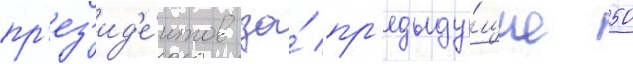
пр'ез'ид'е́нтов за́ пр'едыду́щие 50